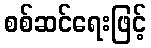
စစ်ဆင်ရေးဖြင့်